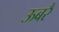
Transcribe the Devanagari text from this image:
ऊबरै